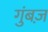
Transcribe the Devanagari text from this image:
गुंबज़